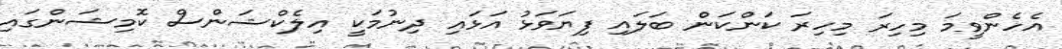
އެހެންވީމަ މިހިރަ މިހިރަ ކަންކަން ބަލައި ފިޔަވަޅު އަޅައި ދިނުމަކީ އިލެކްޝަންސް ކޮމިޝަންގައި